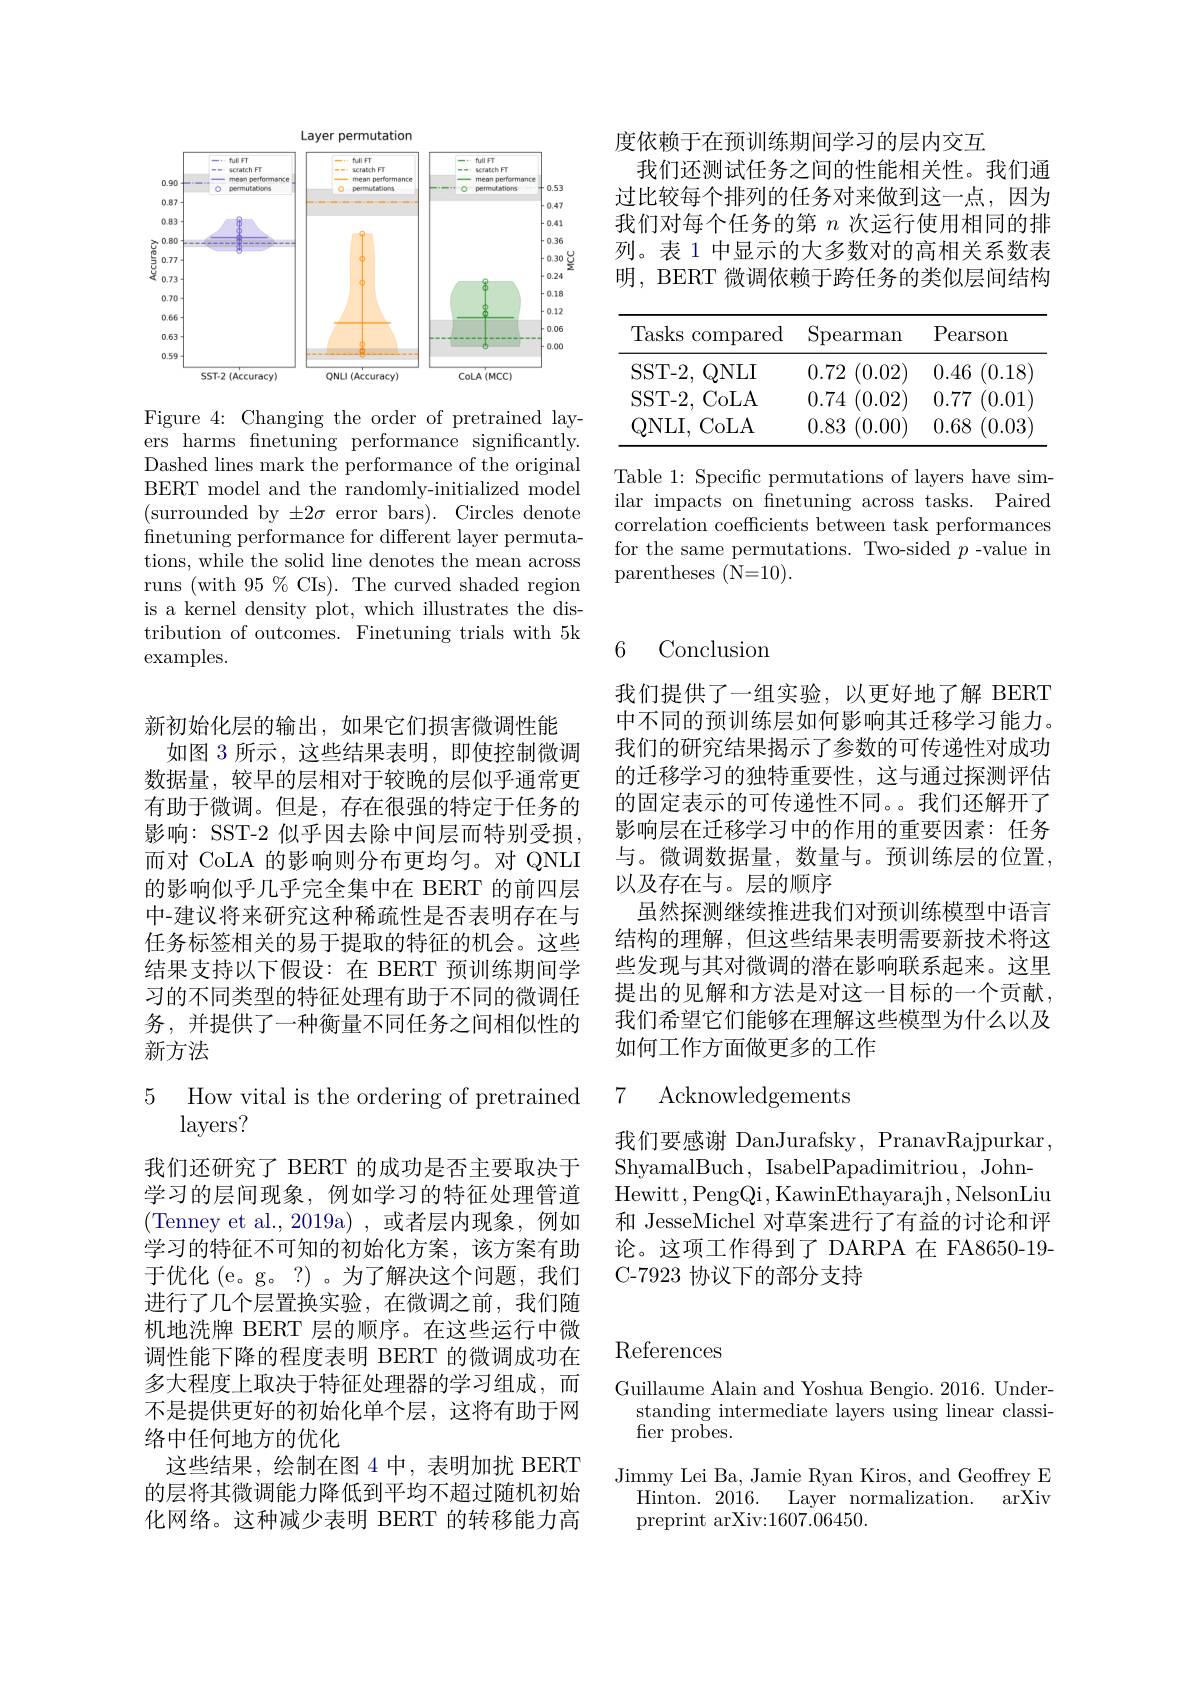
度依赖于在预训练期间学习的层内交互
我们还测试任务之间的性能相关性。我们通过比较每个排列的任务对来做到这一点，因为我们对每个任务的第$n$次运行使用相同的排列。表 1 中显示的大多数对的高相关系数表明，BERT 微调依赖于跨任务的类似层间结构

<table>
	<tbody>
		<tr>
			<th>Tasks compared </th>
			<th>Spearman</th>
			<th>Pearson</th>
		</tr>
		<tr>
			<td>SST- 2, QNLI</td>
			<td>0.72 (0.02)</td>
			<td>0.46 (0.18</td>
		</tr>
		<tr>
			<td>SST- 2, CoLA</td>
			<td>0.74 (0.02</td>
			<td>0.77 (0.01</td>
		</tr>
		<tr>
			<td>QNLI, CoLA</td>
			<td>0.83 (0.00)</td>
			<td>0.68 (0.03</td>
		</tr>
	</tbody>
</table>

Table 1: Specific permutations of laye ilar impacts on finetuning across task correlation coefficients between task performances for the same permutations. Two-sided $p$ -value in parentheses (N=10).

Layer permutation
<FigureHere>

Figure 4: Changing the order of pretrained layers harms fnetuning performance significantly. Dashed lines mark the performance of the original BERT model and the randomly-initialize (surrounded by $\pm2\sigma$ error bars). Circles denote finetuning performance for different layer permutations, while the solid line denotes th runs (with 95 % CIs). The curved shade is a kernel density plot, which illustrates the distribution of outcomes. Finetuning trials with 5k examples.

新初始化层的输出，如果它们损害微调性能
如图 3 所示 , 这些结果表明 ,即使控制微调数据量，较早的层相对于较晚的层似乎通常更有助于微调。但是，存在很强的特定于任务的影响：SST-2 似乎因去除中间层而特别受损而对 CoLA 的影响则分布更均匀。对 QNLI 的影响似乎几乎完全集中在 BERT 的前四层中-建议将来研究这种稀疏性是否表明存在与任务标签相关的易于提取的特征的机会。这些结果支持以下假设：在 BERT 预训练期间学习的不同类型的特征处理有助于不同的微调任务，并提供了一种衡量不同任务之间相似性的新方法

# How vital is the ordering of pretrained layers?

我们还研究了 BERT 的成功是否主要取决于学习的层间现象，例如学习的特征处理管道(Tenney et al.,2019a),或者层内现象，例如学习的特征不可知的初始化方案，该方案有助于优化(e。g。?)。为了解决这个问题，我们进行了几个层置换实验，在微调之前，我们随机地洗牌 BERT 层的顺序。在这些运行中微调性能下降的程度表明 BERT 的微调成功在多大程度上取决于特征处理器的学习组成，而不是提供更好的初始化单个层，这将有助于网络中任何地方的优化
这些结果，绘制在图 4 中，表明加扰 BERT 的层将其微调能力降低到平均不超过随机初始化网络。这种减少表明 BERT 的转移能力高

# 6 Conclusion

我们提供了一组实验，以更好地了解 BERT 中不同的预训练层如何影响其迁移学习能力。我们的研究结果揭示了参数的可传递性对成功的迁移学习的独特重要性，这与通过探测评估的固定表示的可传递性不同。。我们还解开了影响层在迁移学习中的作用的重要因素：任务与。微调数据量，数量与。预训练层的位置， 以及存在与。层的顺序
虽然探测继续推进我们对预训练模型中语言结构的理解，但这些结果表明需要新技术将这些发现与其对微调的潜在影响联系起来。这里提出的见解和方法是对这一目标的一个贡献， 我们希望它们能够在理解这些模型为什么以及如何工作方面做更多的工作

## 7 Acknowledgement$s$

我们要感谢 DanJurafsky, PranavRajpurkar, ShyamalBuch, IsabelPapadimitriou, JohnHewitt,PengQi,KawinEthayarajh,Ne 和 JesseMichel 对草案进行了有益的讨论和评论。这项工作得到了DARPA 在 FA8650-19- C-7923 协议下的部分支持

# References

Guillaume Alain and Yoshua Bengio. 201
standing intermediate layers using lin
fier probes.
Jimmy Lei Ba, Jamie Ryan Kiros, and Ge
Hinton. 2016. Layer normalization
arXiv
preprint arXiv:1607.06450.